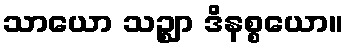
သာယော သဉ္ဈာ ဒိနစ္စယော။